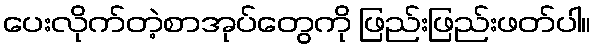
ပေးလိုက်တဲ့စာအုပ်တွေကို ဖြည်းဖြည်းဖတ်ပါ။